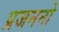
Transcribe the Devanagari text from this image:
प्रजननो